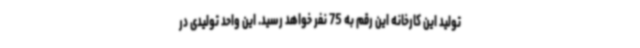
تولید این کارخانه این رقم به 75 نفر خواهد رسید. این واحد تولیدی در